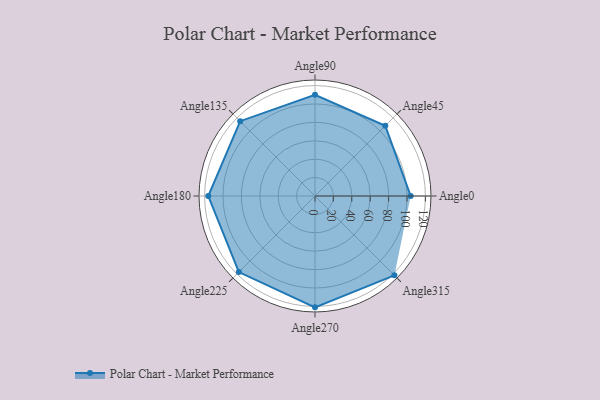
{"axis": {"x": "Angle", "y": "Radius"}, "legend": [""], "data": [{"x": "Angle0", "y": 104.0, "type": ""}, {"x": "Angle45", "y": 108.0, "type": ""}, {"x": "Angle90", "y": 110.0, "type": ""}, {"x": "Angle135", "y": 115.0, "type": ""}, {"x": "Angle180", "y": 116.0, "type": ""}, {"x": "Angle225", "y": 117.0, "type": ""}, {"x": "Angle270", "y": 121.0, "type": ""}, {"x": "Angle315", "y": 122.0, "type": ""}]}